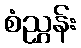
စံညွှန်း